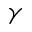
\gamma